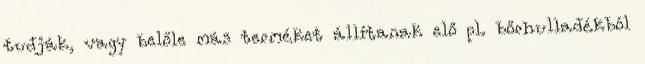
tudják, vagy belőle más terméket állítanak elő pl. bőrhulladékból